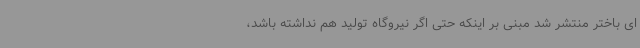
ای باختر منتشر شد مبنی بر اینکه حتی اگر نیروگاه تولید هم نداشته باشد،